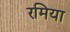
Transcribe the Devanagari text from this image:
रमिया